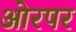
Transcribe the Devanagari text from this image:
ओरपर